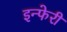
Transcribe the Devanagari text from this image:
इन्फेरी